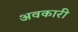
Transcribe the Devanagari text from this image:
अवकारी